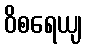
ဝိစရေယျ